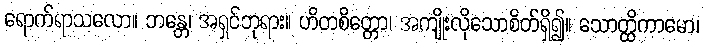
ရောက်ရာသလော။ ဘန္တေ၊ အရှင်ဘုရား။ ဟိတစိတ္တော၊ အကျိုးလိုသောစိတ်ရှိ၍။ သောတ္ထိကာမော၊